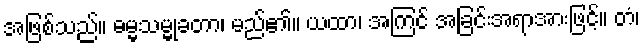
အဖြစ်သည်။ ဓမ္မသမ္မုခတာ၊ မည်၏။ ယထာ၊ အကြင် အခြင်းအရာအားဖြင့်။ တံ၊